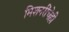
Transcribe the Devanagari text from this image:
मिशनरींचेही